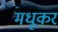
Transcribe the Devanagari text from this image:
मधूकर